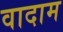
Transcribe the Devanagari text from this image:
वादाम